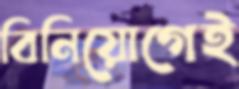
বিনিয়োগেই